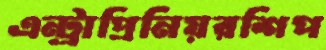
এন্ট্রাপ্রিনিয়রশিপ